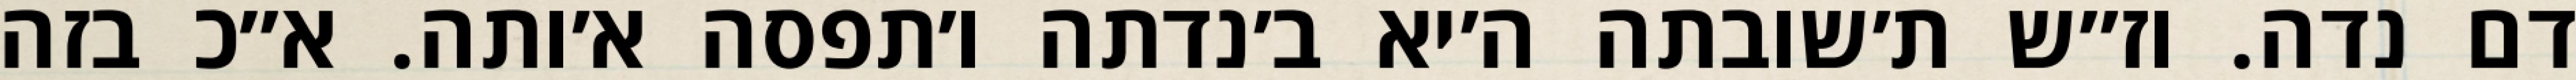
דם נדה. וז״ש ת׳שובתה ה׳יא ב׳נדתה ו׳תפסה א׳ותה. א״כ בזה